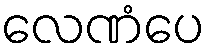
လေဏံပေ